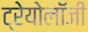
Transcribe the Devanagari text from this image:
ट्रेयोलॉजी